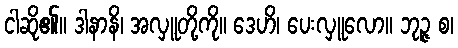
ငါဆို၏။ ဒါနာနိ၊ အလှူတို့ကို။ ဒေဟိ၊ ပေးလှူလော။ ဘုဉ္ဇ စ၊